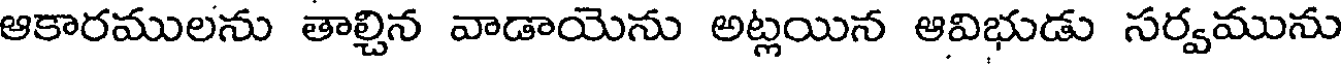
ఆకారములను తాల్చిన వాడాయెను అట్లయిన ఆవిభుడు సర్వమును